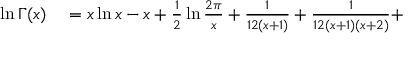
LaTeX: \begin{array} { r l } { \ln \Gamma ( x ) } & { { } = x \ln x - x + { \frac { 1 } { 2 } } \ln { \frac { 2 \pi } { x } } + { \frac { 1 } { 1 2 ( x + 1 ) } } + { \frac { 1 } { 1 2 ( x + 1 ) ( x + 2 ) } } + } \end{array}